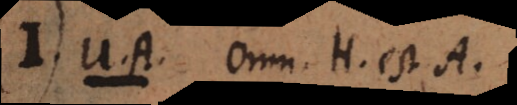
I. U.A. Omn. H est A